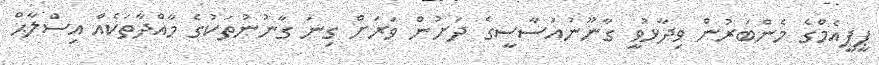
ޕީޕީއެމްގެ މެންބަރުން ވިދާޅުވީ ގާނޫނުއަސާސީގެ ދަށުން ވަަރަށް ގިނަ ގާނުނުތަކުގެ މާއްދާތަކެއް އިސްލާޙް